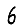
Digit: 6